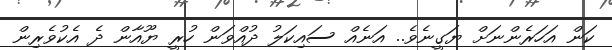
ކަން އަހަރެންނަށް ޔަގީނެވެ.. އަނެއް ސައިކަލު ދުއްވަން ހުރީ ޔޫއާން ދެ އެކުވެރިން